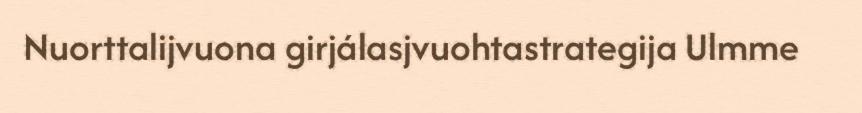
Nuorttalijvuona girjálasjvuohtastrategija Ulmme